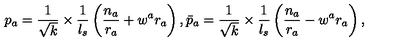
p _ { a } = \frac { 1 } { \sqrt { k } } \times \frac { 1 } { l _ { s } } \left( \frac { n _ { a } } { r _ { a } } + w ^ { a } r _ { a } \right) , \bar { p } _ { a } = \frac { 1 } { \sqrt { k } } \times \frac { 1 } { l _ { s } } \left( \frac { n _ { a } } { r _ { a } } - w ^ { a } r _ { a } \right) ,